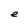
Character: e